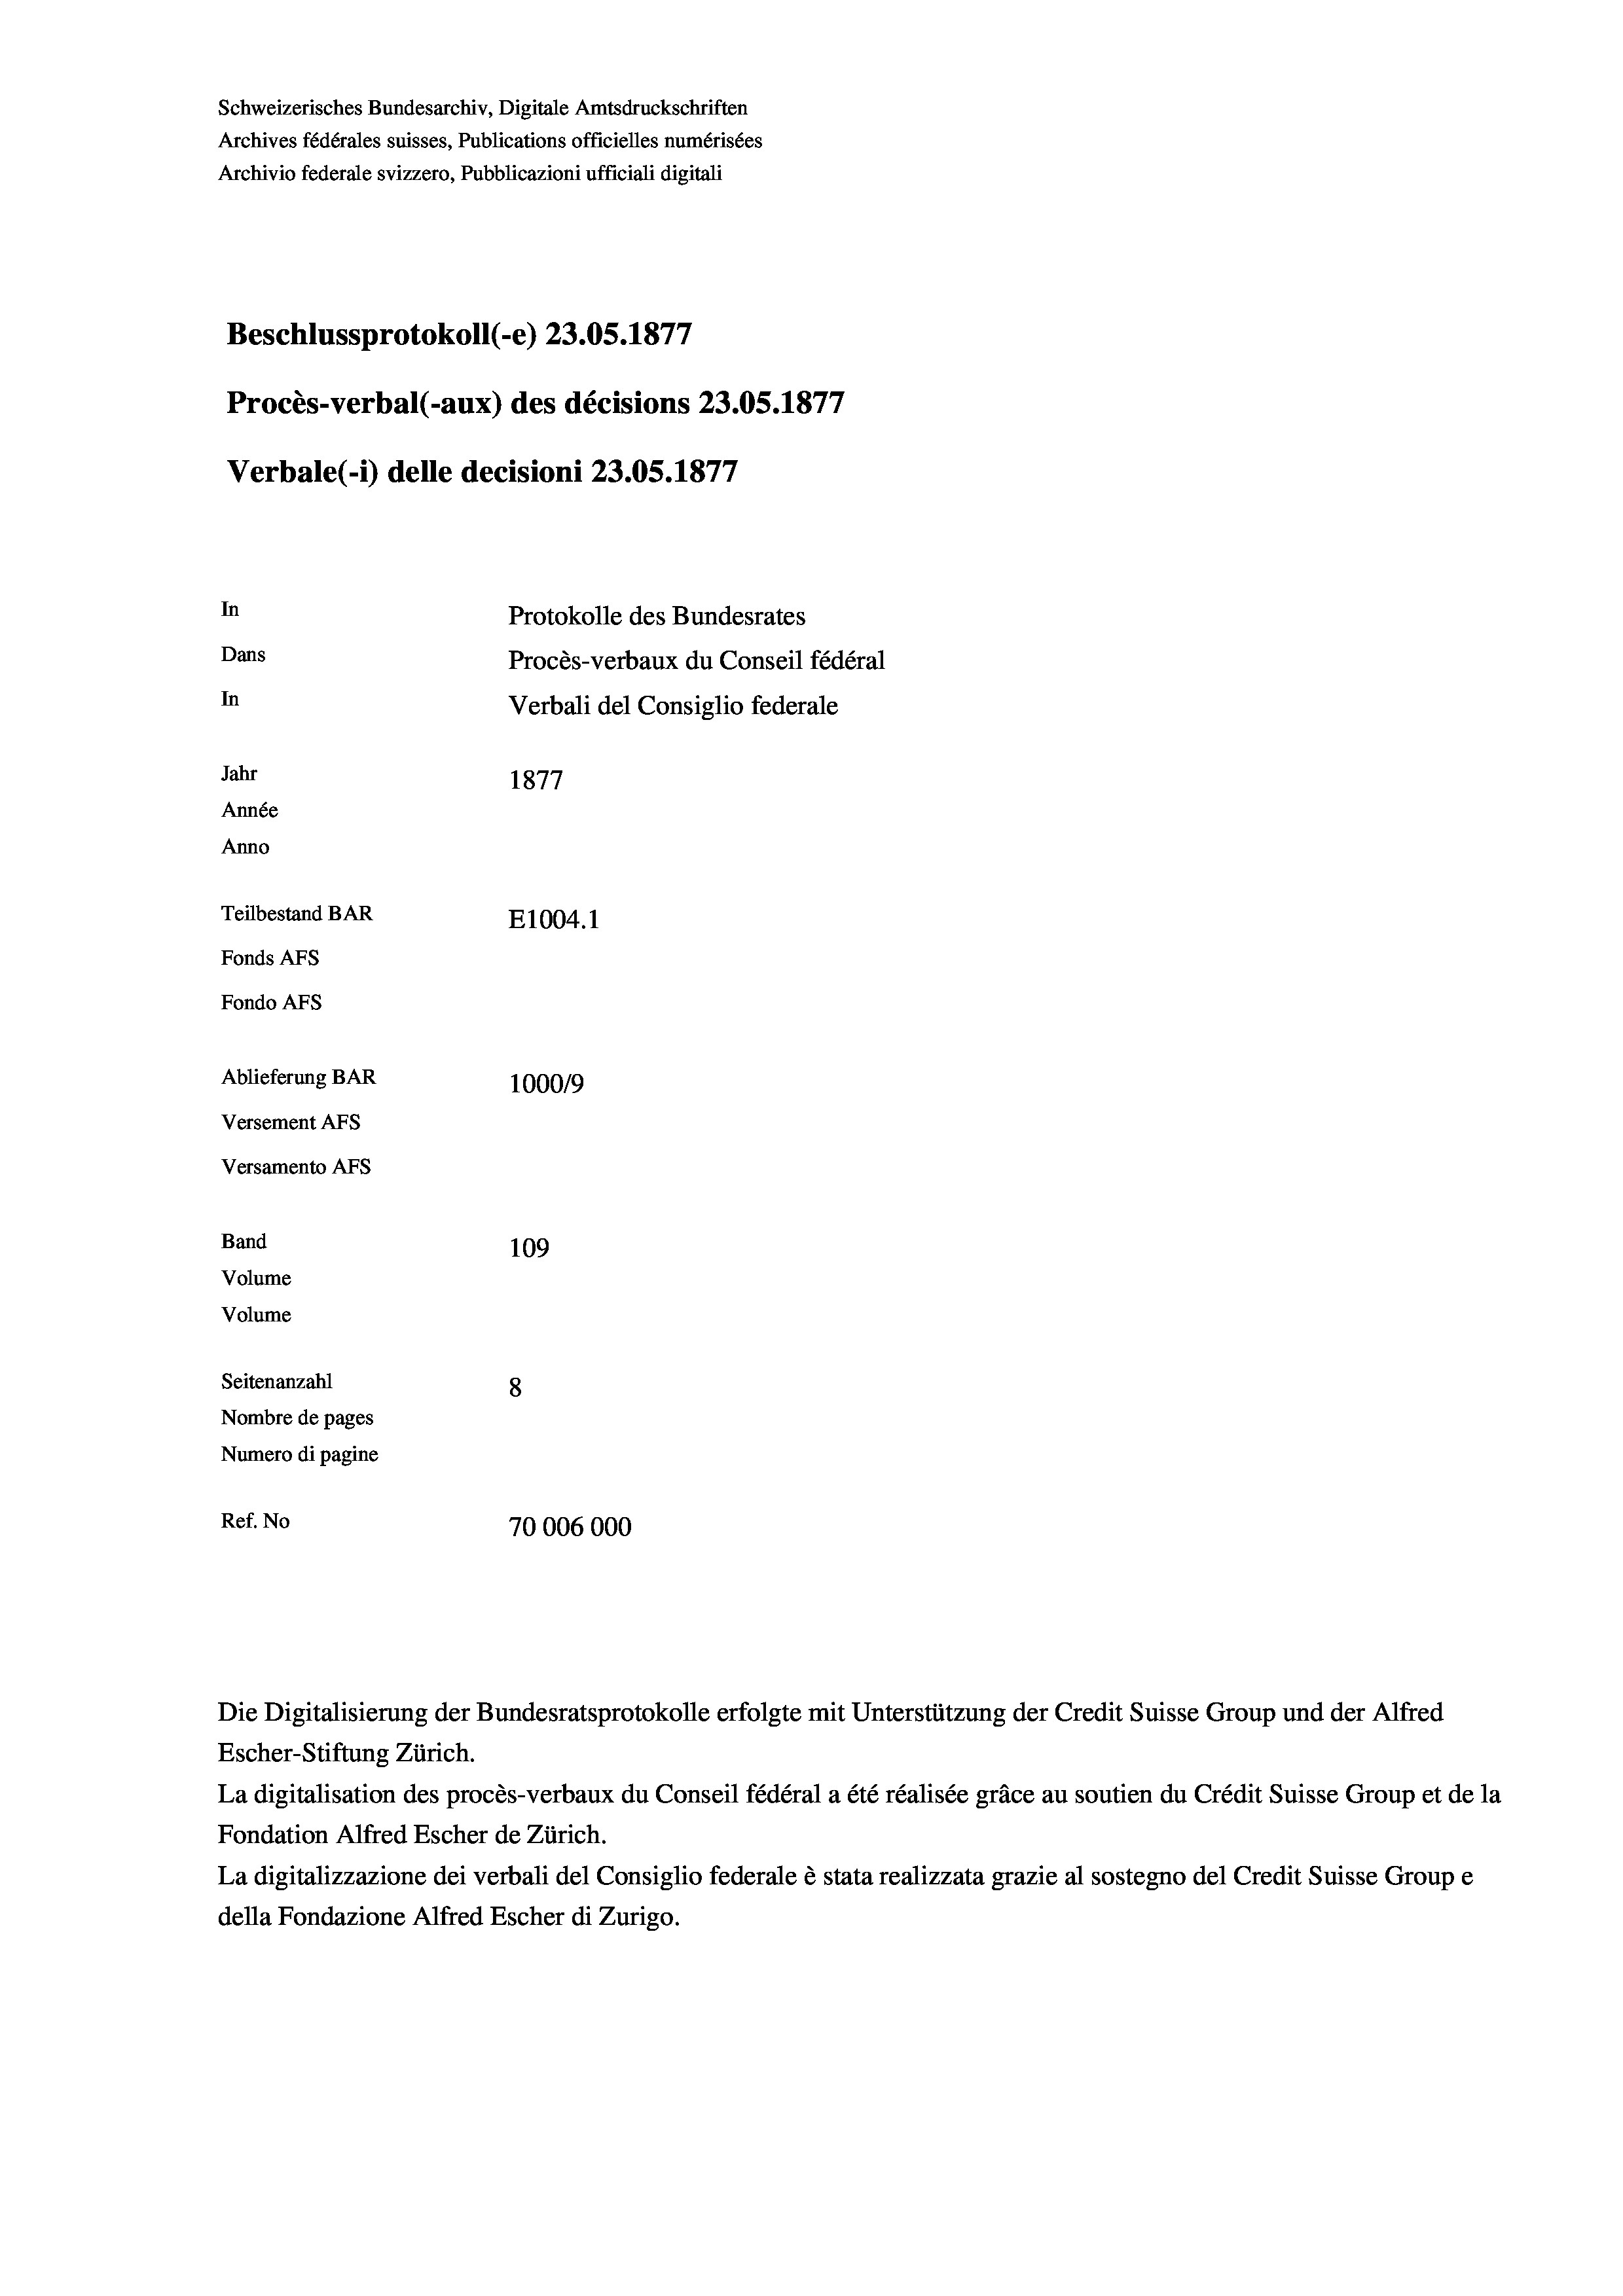
Schweizerisches Bundesarchiv, Digitale Amtsdruckschriften
Archives fédérales suisses, Publications officielles numérisées
Archivio federale svizzero, Pubblicazioni ufficiali digitali
Beschlussprotokoll (e) 23.05. 1877
Procès-verbal (-aux) des décisions 23.05. 1877
Verbale (1) delle decisioni 23.05. 1877

In
Dans
In
Jahr
1877
Année
Anno
Teilbestand BAR
E1004.1
Fonds AFs
Fondo AFS
Ablieferung BAR
1000/9
Versement AFS
Versamento AFs

Band

109
Seitenanzahl
8
Nombre de pages
Numero di pagine
Ref. No
70006000

Volume
Volume

Protokolle des Bundesrates
Procès-verbaux du Conseil fédéral
Verbali del Consiglio federale

Die Digitalisierung der Bundesratsprotokolle erfolgte mit Unterstützung der Credit Suisse Group und der Alfred
Escher-Stiftung Zürich.
La digitalisation des procès-verbaux du Conseil fédéral a été réalisée gräce au soutien du Crédit Suisse Group et de la
Fondation Alfred Escher de Zürich.
La digitalizzazione dei verbali del Consiglio federale è stata realizzata grazie al sostegno del Credit Suisse Groupe
della Fondazione Alfred Escher di Zurigo.